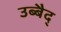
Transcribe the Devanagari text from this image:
उब्बैद्